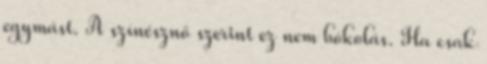
egymást. A színésznő szerint ez nem bókolás. Ha csak